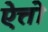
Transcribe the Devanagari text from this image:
ऐत्तो